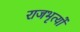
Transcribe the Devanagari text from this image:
राजभृत्यों